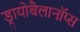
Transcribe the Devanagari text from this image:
ड्रायोबैलानॉप्स